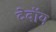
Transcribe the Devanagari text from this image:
देवॉय